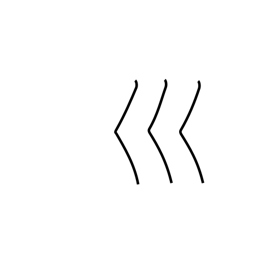
Meaning: curving river radical (no.47)